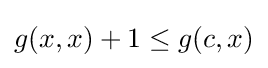
g(x,x)+1\leq g(c,x)